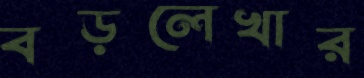
বড়লেখার